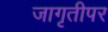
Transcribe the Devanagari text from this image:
जागृतीपर